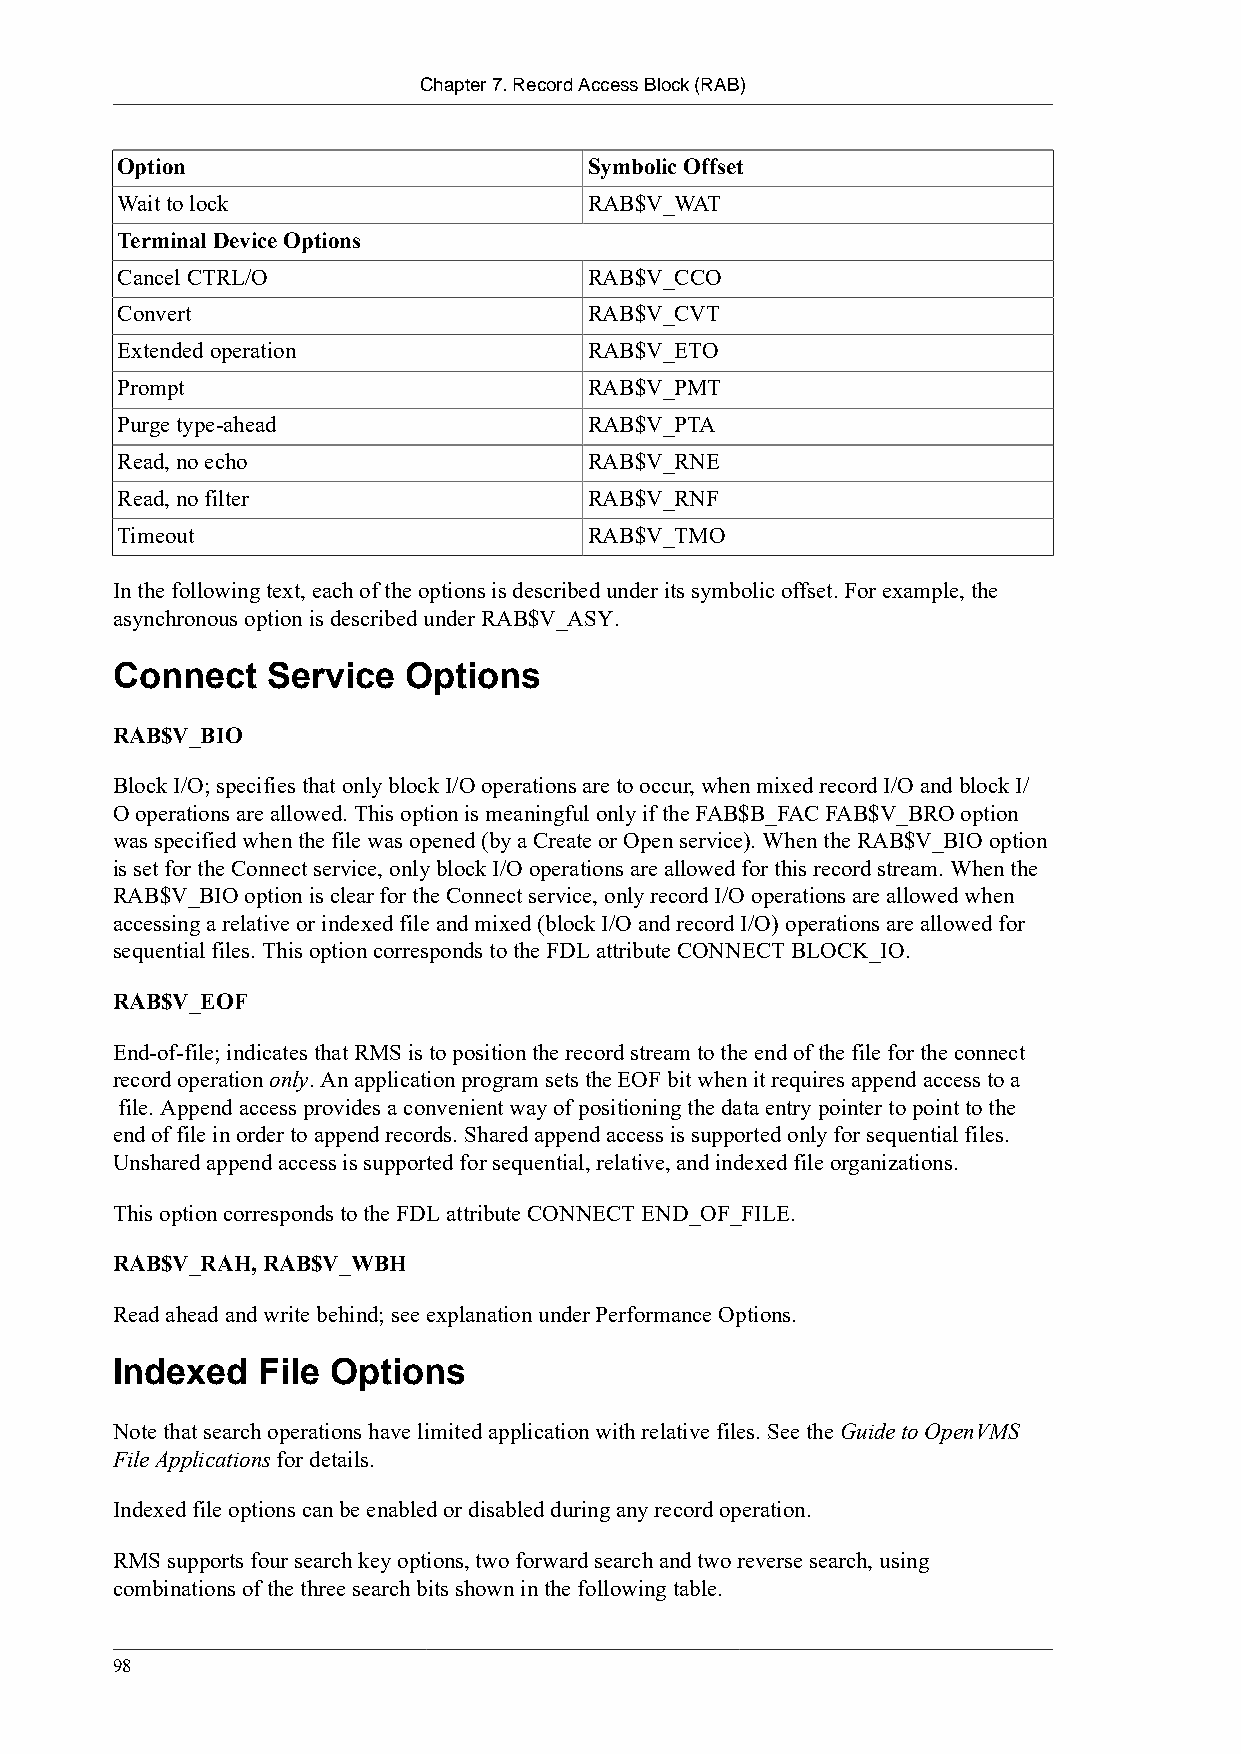
Chapter 7. Record Access Block (RAB)
 Option                         Symbolic Offset
 Wait to lock                   RAB$V_WAT
 Terminal Device Options
 Cancel CTRL/O                  RAB$V_CCO
 Convert                        RAB$V_CVT
 Extended operation             RAB$V_ETO
 Prompt                         RAB$V_PMT
 Purge type-ahead               RAB$V_PTA
 Read, no echo                  RAB$V_RNE
 Read, no filter                RAB$V_RNF
 Timeout                        RAB$V_TMO
 In the following text, each of the options is described under its symbolic offset. For example, the
 asynchronous option is described under RAB$V_ASY.
 Connect    Service  Options
 RAB$V_BIO
 Block I/O; specifies that only block I/O operations are to occur, when mixed record I/O and block I/
 O operations are allowed. This option is meaningful only if the FAB$B_FAC FAB$V_BRO option
 was specified when the file was opened (by a Create or Open service). When the RAB$V_BIO option
 is set for the Connect service, only block I/O operations are allowed for this record stream. When the
 RAB$V_BIO option is clear for the Connect service, only record I/O operations are allowed when
 accessing a relative or indexed file and mixed (block I/O and record I/O) operations are allowed for
 sequential files. This option corresponds to the FDL attribute CONNECT BLOCK_IO.
 RAB$V_EOF
 End-of-file; indicates that RMS is to position the record stream to the end of the file for the connect
 record operation only. An application program sets the EOF bit when it requires append access to a
 file. Append access provides a convenient way of positioning the data entry pointer to point to the
 end of file in order to append records. Shared append access is supported only for sequential files.
 Unshared append access is supported for sequential, relative, and indexed file organizations.
 This option corresponds to the FDL attribute CONNECT END_OF_FILE.
 RAB$V_RAH, RAB$V_WBH
 Read ahead and write behind; see explanation under Performance Options.
 Indexed   File Options
 Note that search operations have limited application with relative files. See the Guide to OpenVMS
 File Applications for details.
 Indexed file options can be enabled or disabled during any record operation.
 RMS supports four search key options, two forward search and two reverse search, using
 combinations of the three search bits shown in the following table.
 98